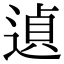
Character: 遉